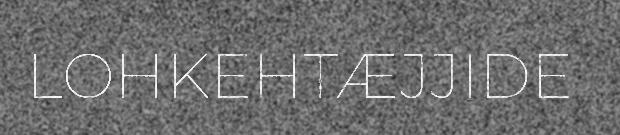
LOHKEHTÆJJIDE